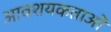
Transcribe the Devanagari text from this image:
आवशयकताओं